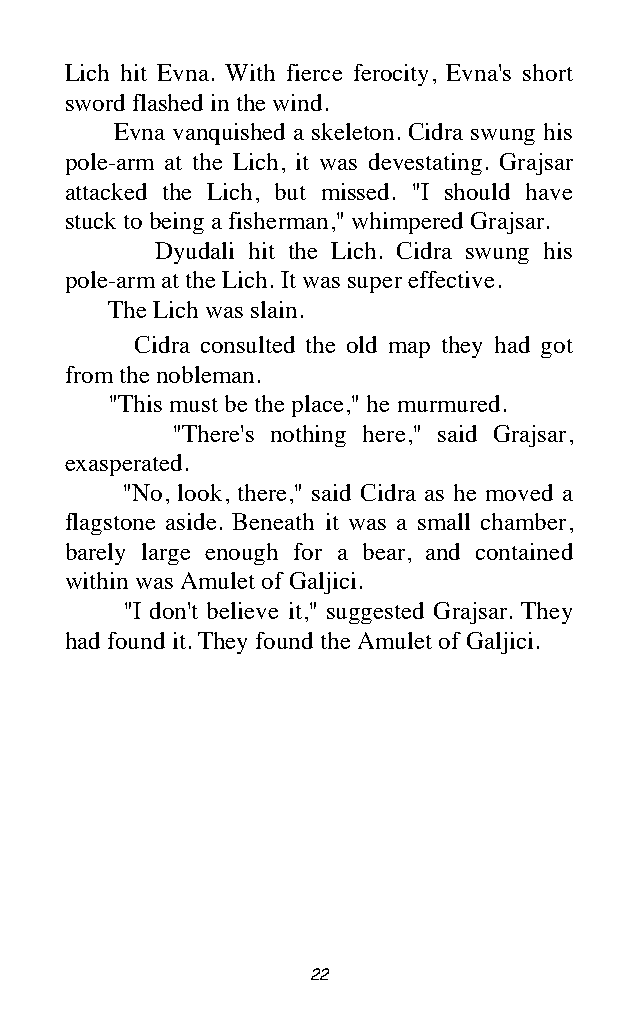
Lich hit Evna. With fierce ferocity, Evna's short
 sword flashed in the wind.
 Evna vanquished a skeleton. Cidra swung his
 pole-arm at the Lich, it was devestating. Grajsar
 attacked the Lich, but missed. "I should have
 stuck to being a fisherman," whimpered Grajsar.
 Dyudali hit the Lich. Cidra swung his
 pole-arm at the Lich. It was super effective.
 The Lich was slain.
 Cidra consulted the old map they had got
 from the nobleman.
 "This must be the place," he murmured.
 "There's nothing here," said Grajsar,
 exasperated.
 "No, look, there," said Cidra as he moved a
 flagstone aside. Beneath it was a small chamber,
 barely large enough for a bear, and contained
 within was Amulet of Galjici.
 "I don't believe it," suggested Grajsar. They
 had found it. They found the Amulet of Galjici.
 22